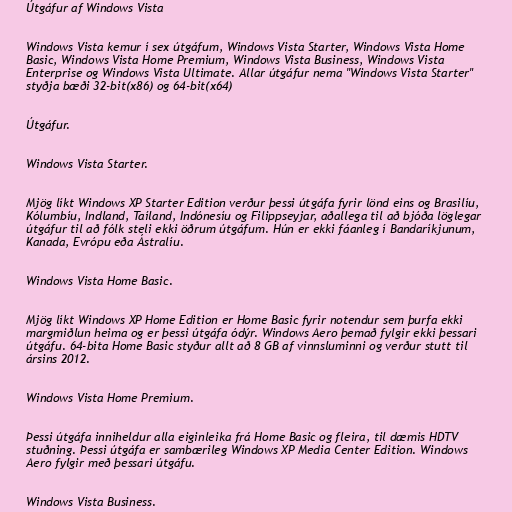
Útgáfur af Windows Vista

Windows Vista kemur í sex útgáfum, Windows Vista Starter, Windows Vista Home
Basic, Windows Vista Home Premium, Windows Vista Business, Windows Vista
Enterprise og Windows Vista Ultimate. Allar útgáfur nema "Windows Vista Starter"
styðja bæði 32-bit(x86) og 64-bit(x64)

Útgáfur.

Windows Vista Starter.

Mjög líkt Windows XP Starter Edition verður þessi útgáfa fyrir lönd eins og Brasilíu,
Kólumbíu, Indland, Taíland, Indónesíu og Filippseyjar, aðallega til að bjóða löglegar
útgáfur til að fólk steli ekki öðrum útgáfum. Hún er ekki fáanleg í Bandaríkjunum,
Kanada, Evrópu eða Ástralíu.

Windows Vista Home Basic.

Mjög líkt Windows XP Home Edition er Home Basic fyrir notendur sem þurfa ekki
margmiðlun heima og er þessi útgáfa ódýr. Windows Aero þemað fylgir ekki þessari
útgáfu. 64-bita Home Basic styður allt að 8 GB af vinnsluminni og verður stutt til
ársins 2012.

Windows Vista Home Premium.

Þessi útgáfa inniheldur alla eiginleika frá Home Basic og fleira, til dæmis HDTV
stuðning. Þessi útgáfa er sambærileg Windows XP Media Center Edition. Windows
Aero fylgir með þessari útgáfu.

Windows Vista Business.